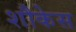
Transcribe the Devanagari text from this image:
शौकेस